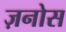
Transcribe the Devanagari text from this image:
ज़नोस